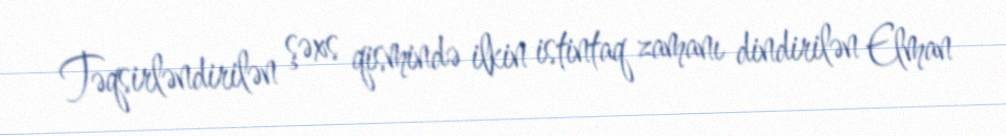
Təqsirləndirilən şəxs qismində ilkin istintaq zamanı dindirilən Elman